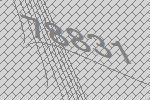
78831